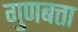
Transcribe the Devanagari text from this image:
गुणबत्ता